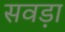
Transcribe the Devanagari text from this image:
सवड़ा